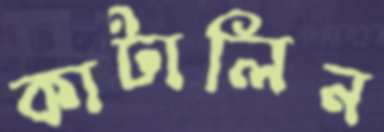
কাটালিন